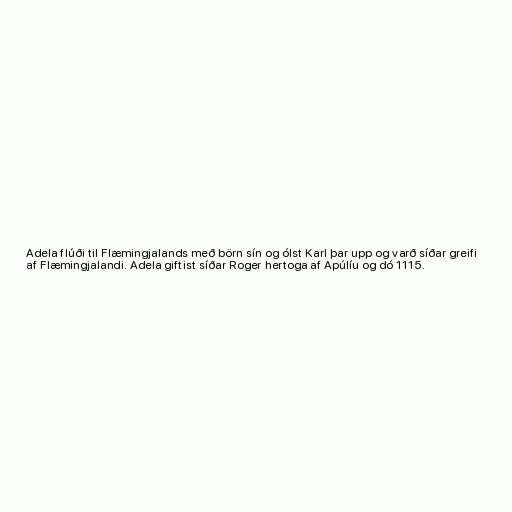
Adela flúði til Flæmingjalands með börn sín og ólst Karl þar upp og varð síðar greifi
af Flæmingjalandi. Adela giftist síðar Roger hertoga af Apúlíu og dó 1115.